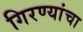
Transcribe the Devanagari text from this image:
गिरण्यांचा